Report of the Bombay Veterinary College
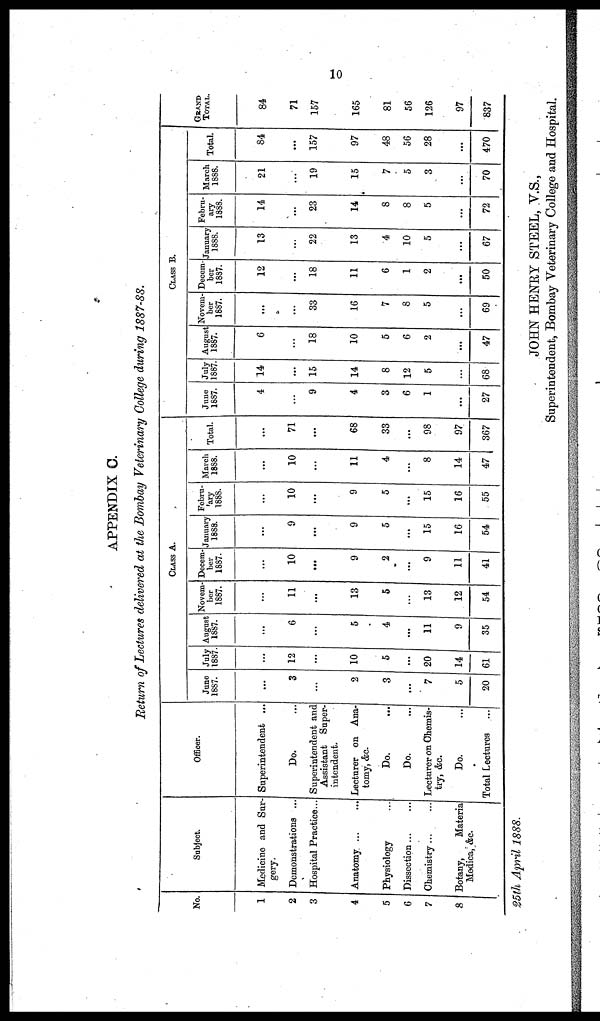
10
APPENDIX C.
Return of Lectures delivered at the Bombay Veterinary College during 1887-88.
No.
1
2
3
4
5
6
7
8
Subject.
Medicine and Sur-
gery.
Demonstrations ...
Hospital Practice...
Anatomy. ...
Physiology... ...
Dissection...
...
Chemistry...
Botany,
Materia
Officer.
Superintendent ...
Do.
Superintendent and
Assistant Super-
intendent.
Lecturer on Ana¬
tomy, &c.
Do.
Do.
Lecturer on Chemis-
try, &c.
Do.
Medica, &c.
Total Lectures
...
June
1887.
...
3
...
2
3
...
7
5
20
July
1887
...
12
...
10
5
...
20
14
61
August
1887.
...
6
...
5
4
...
11
9
35
Novem-
ber
1887.
...
11
...
13
5
...
13
12
54
CLASS A.
Decem-
ber
1887.
...
10
...
9
2
...
9
11
41
January
1888.
...
9
...
9
5
...
15
16
54
Febru-
ary
1888.
...
10
...
9
5
...
15
16
55
March
1888.
...
10
...
11
4
...
8
14
47
Total.
...
71
...
68
33
...
98
97
367
June
1887.
4
...
9
4
3
6
1
...
27
July
1887.
14
...
15
14
8
12
5
...
68
August
1887.
6
...
18
10
5
6
2
...
47
Novem-
ber
1887.
...
...
33
16
7
8
5
...
69
CLASS B.
Decem-
ber
1887.
12
...
18
11
6
1
2
...
50
January
1888.
13
...
22
13
4
10
5
...
67
Febru-
ary
1888.
14
...
23
14
8
8
5
...
72
March
1888.
21
...
19
15
7
5
3
...
70
Total.
84
...
157
97
48
56
28
...
470
GRAND
TOTAL.
84
71
157
165
81
56
126
97
837
25th April 1888.
JOHN HENRY STEEL, V.S.,
Superintendent, Bombay Veterinary College and Hospital.